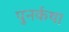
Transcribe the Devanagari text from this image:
पुनर्कथा